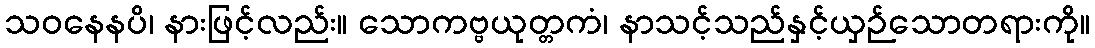
သဝနေနပိ၊ နားဖြင့်လည်း။ သောကဗ္ဗယုတ္တကံ၊ နာသင့်သည်နှင့်ယှဉ်သောတရားကို။